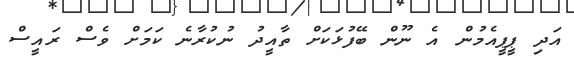
އަދި ޕީޕީއެމުން އެ ނޫން ބޭފުޅަކަށް ތާއީދު ނުކުރާނެ ކަމަށް ވެސް ރައީސް